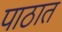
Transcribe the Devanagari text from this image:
पाठात